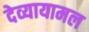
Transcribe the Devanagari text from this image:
देव्यायामल